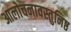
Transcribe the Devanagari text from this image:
आलोचनावस्तुनिष्ठ